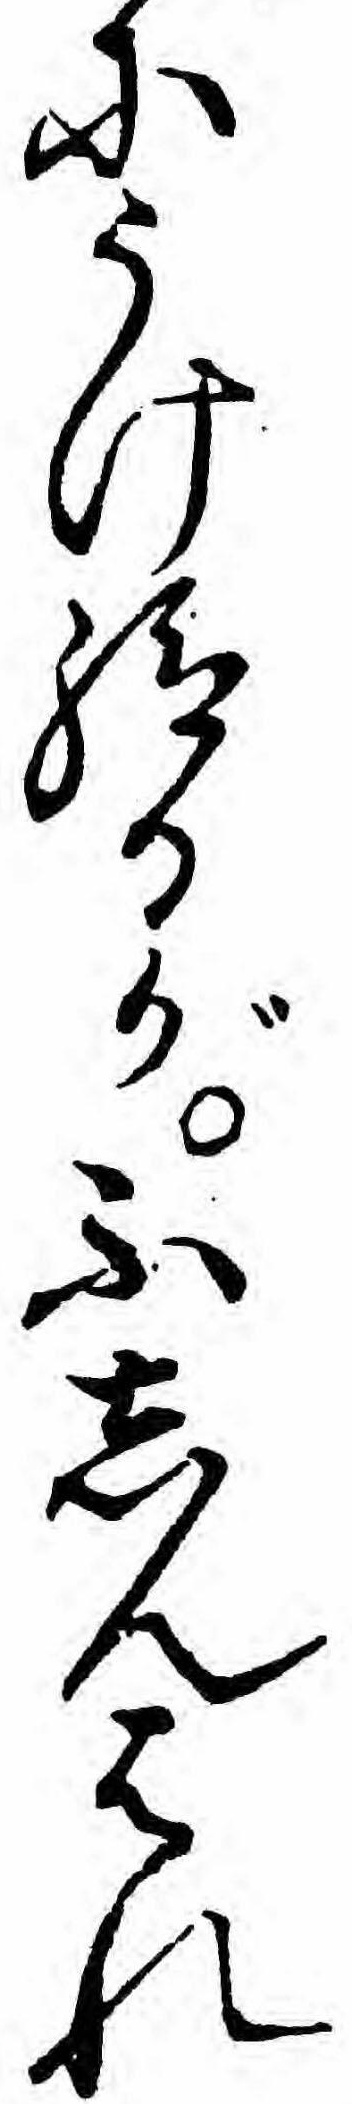
にうけ給るがふしんはれ